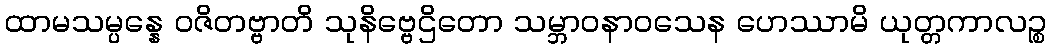
ထာမသမ္ပန္နေ ဝဇိတဗ္ဗာတိ သုနိဗ္ဗေဌိတော သမ္ဘာဝနာဝသေန ဟေဿာမိ ယုတ္တကာလဉ္စ